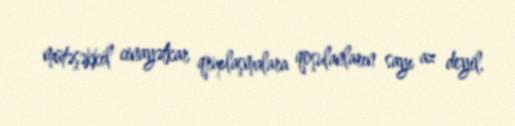
mütəşəkkil cinayətkar qruplaşmalara qoşulanların sayı az deyil.